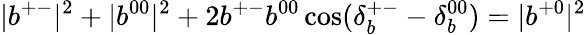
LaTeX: |b^{+-}|^{2}+|b^{00}|^{2}+2b^{+-}b^{00}\cos(\delta_{b}^{+-}-\delta_{b}^{00})=|b^{+0}|^{2}